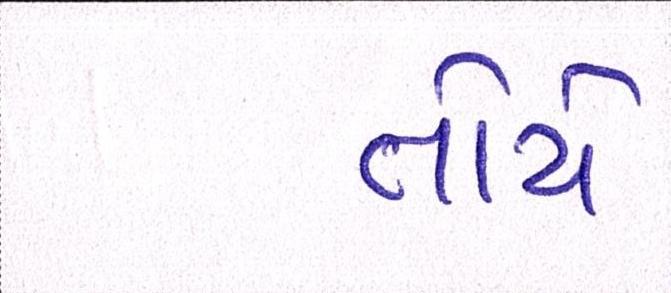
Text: તોયે